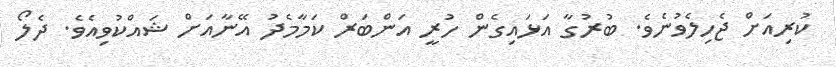
ކުރިއަށް ޖެހިލެވުނެވެ. ބުރުގާ އަޅައިގެން ހުރީ އަންބަރް ކަމާމެދު އޭނާއަށް ޝައްކުވިއެވެ. ދެލޯ